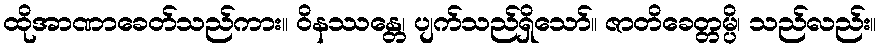
ထိုအာဏာခေတ်သည်ကား။ ဝိနဿန္တေ၊ ပျက်သည်ရှိသော်။ ဇာတိခေတ္တမ္ပိ၊ သည်လည်း။